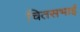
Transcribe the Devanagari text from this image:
चितसभाई